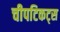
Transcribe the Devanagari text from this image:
चीपटिकट्स